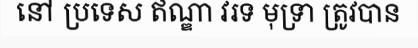
នៅ ប្រទេស ឥណ្ឌា វរទ មុទ្រា ត្រូវបាន